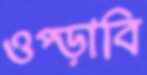
ওপ্‌ড়াবি